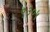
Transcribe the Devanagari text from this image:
९३०५